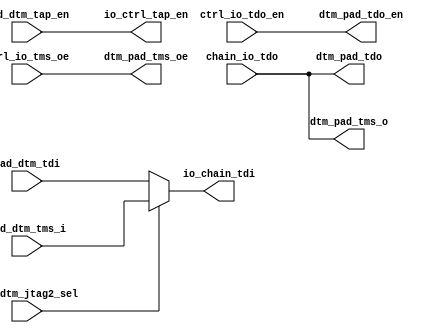
/*Copyright 2020-2021 T-Head Semiconductor Co., Ltd.

Licensed under the Apache License, Version 2.0 (the "License");
you may not use this file except in compliance with the License.
You may obtain a copy of the License at

    http://www.apache.org/licenses/LICENSE-2.0

Unless required by applicable law or agreed to in writing, software
distributed under the License is distributed on an "AS IS" BASIS,
WITHOUT WARRANTIES OR CONDITIONS OF ANY KIND, either express or implied.
See the License for the specific language governing permissions and
limitations under the License.
*/
module tdt_dtm_io(      
    input          pad_dtm_jtag2_sel,         
    input          pad_dtm_tap_en,        
    input          pad_dtm_tdi,           
    input          pad_dtm_tms_i,  
    output         dtm_pad_tdo,           
    output         dtm_pad_tdo_en,        
    output         dtm_pad_tms_o,         
    output         dtm_pad_tms_oe,        
    input          chain_io_tdo,             
    input          ctrl_io_tdo_en,              
    input          ctrl_io_tms_oe,                          
    output         io_chain_tdi,             
    output         io_ctrl_tap_en
);

    assign io_ctrl_tap_en = pad_dtm_tap_en;
    assign io_chain_tdi   = pad_dtm_jtag2_sel ? pad_dtm_tms_i : pad_dtm_tdi;
    assign dtm_pad_tdo    = chain_io_tdo;
    assign dtm_pad_tms_o  = chain_io_tdo;
    assign dtm_pad_tdo_en = ctrl_io_tdo_en;
    assign dtm_pad_tms_oe = ctrl_io_tms_oe;

endmodule